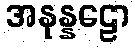
အနုန္နဠော